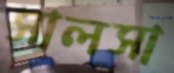
সালসা